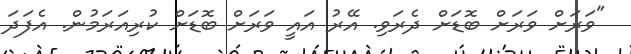
"ވަރަށް ވަރަށް ބޮޑަށް ދެރަވި. އޭރު އައީ ވަރަށް ބޮޑަށް ކުރިއަރަމުން. އެފަދަ